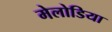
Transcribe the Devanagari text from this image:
मेलोडिया